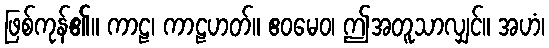
ဖြစ်ကုန်၏။ ကာဠ၊ ကာဠဟတ်။ ဧဝမေဝ၊ ဤအတူသာလျှင်။ အဟံ၊